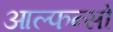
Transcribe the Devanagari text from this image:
आल्फन्सो